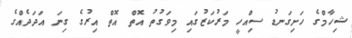
ޝިހާމްގެ ހަށިގަނޑު ސިއްހީ މަރުކަޒުގައި މިވަގުތު އޮތް އޮތް އިރުގެ ގިނަ އަދަދެއްގެ